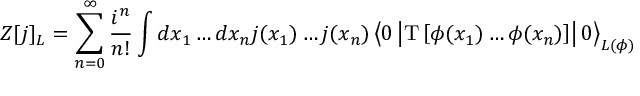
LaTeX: Z [ j ] _ { \cal L } = \sum _ { n = 0 } ^ { \infty } \frac { i ^ { n } } { n ! } \int d x _ { 1 } \ldots d x _ { n } j ( x _ { 1 } ) \ldots j ( x _ { n } ) \left\langle 0 \left\vert \mathrm { T } \left[ \phi ( x _ { 1 } ) \ldots \phi ( x _ { n } ) \right] \right\vert 0 \right\rangle _ { { \cal L } ( \phi ) }